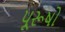
પૂરૂષો